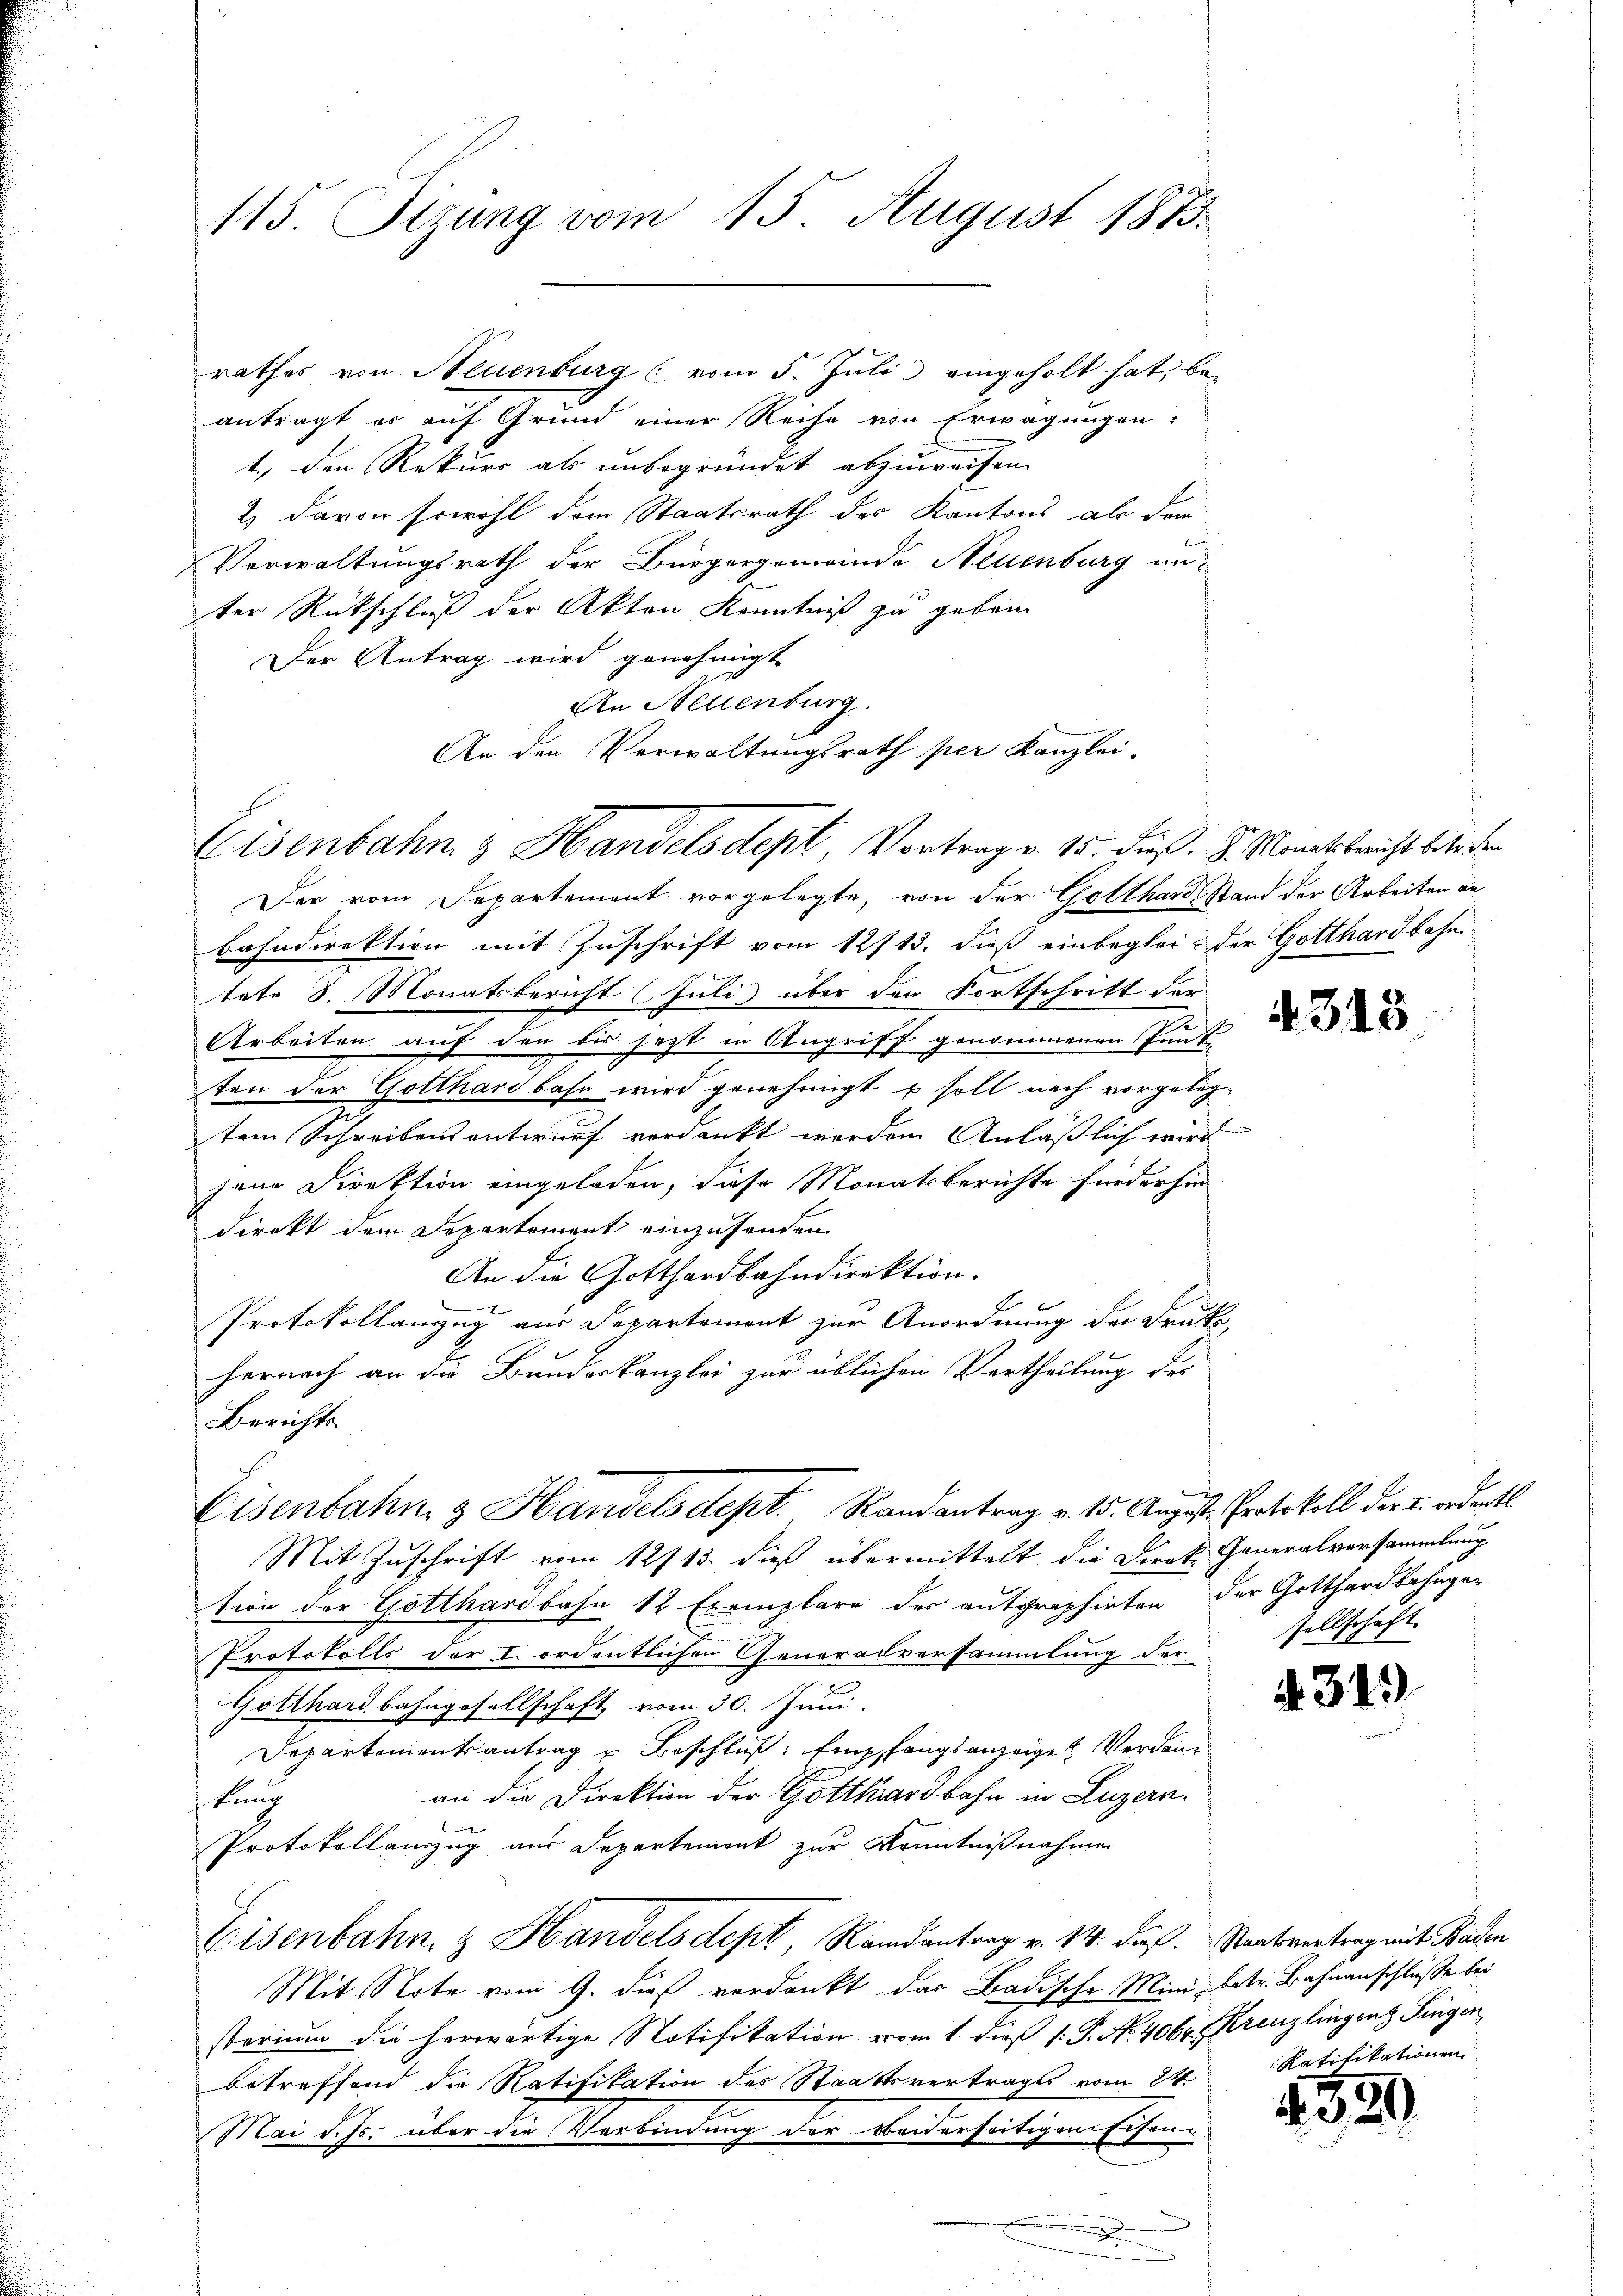
115. Sizung vom 15. August 1873.

antragt es auf Grund einer Reihe von Erwägungen:
t., den Rekurs als unbegründet abzuweisen.
2) davon sowohl dem Staatsrath des Kantons als der
Verwaltungsrath der Bürgergemeinde Neuenburg in
ter Rückschluß der Akten Kenntniß zu geben
Der Antrag wird genehmigt
An Neuenburg.
An den Verwaltungsrath per Kanzlei-

Eisenbahn & Handelsdept, Vortrag v. 15. Fuß. J. Monatsbericht betreten

Der vom Departement vorgelegte, von der Gotthard Stand der Arbeiten an
bahndirektion mit Zuschrift vom 12/13. dieß einbeglei & der Gotthardbahntete 8. Monatsbericht (Juli) über den Fortschritt der
Arbeiten auf den bis jezt in Angriff genommenen Pant
ten der Gotthardbahn wird genehmigt u soll nach vorgelegtem Schreibensentwurf verdankt werden Anläßlich wird
jene Direktion eingeladen, diese Monatsberichte fürderhin
direkt dem Departement einzusenden
An die Gotthardbahndirektion.
Protokollanzug aus Departemont zur Anordnung der Druke,
hernach an die Bundeskanzlei zur üblichen Vertheilung des
Berichts
Mit Zuschrift vom 12713. dieß übermittelt die Direk Generalversammlung
tion der Gotthardbahn 12 Exemplare der aufgraphirten der Gotthardbahnge¬
Protokolls der I. ordentlichen Generalversammlung der
Gotthardbahngesellschaft vom 30. Juni.
Departementsantrag u Beschluß: Empfangsanzeige Verdanan die Direktion der Gotthardbahn in Luzern.
fung
Protokollauszug aus Departement zur Kenntnißnahme
Eisenbahn & Handels dept, Randantrag v. 14. dieß. Staatsvertrag mit Baden
Mit Note vom 9. dieß verdankt das Badische Mini, betr. Bahnanschlüße bei
sterium die herwärtige Notifikation vom 1. dieß (: P. No. 406. Kreuzlingen Fingen
betreffend die Ratifikation des Staatsvertrages vom 24.
Mai d. Js. über die Verbindung der beiderseitigen Eisen¬

rathes von Neuenburg (vom 5. Juli eingeholt hat, be¬

Eisenbahn & Handelsdept. Randantrag v. 15. August Protokoll der u. ordentl.

4313.

r
sellschaft.

4319

Ratifikationen

4330